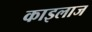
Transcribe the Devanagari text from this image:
काइलाज